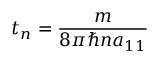
t _ { n } = \frac { m } { 8 \pi \hbar n a _ { 1 1 } }